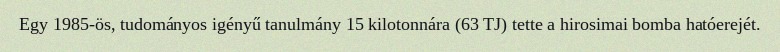
Egy 1985-ös, tudományos igényű tanulmány 15 kilotonnára (63 TJ) tette a hirosimai bomba hatóerejét.